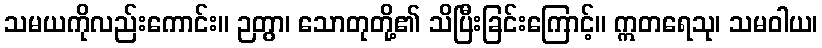
သမယကိုလည်းကောင်း။ ဉတွာ၊ သောတုတို့၏ သိပြီးခြင်းကြောင့်။ ဣတရေသု၊ သမဝါယ၊